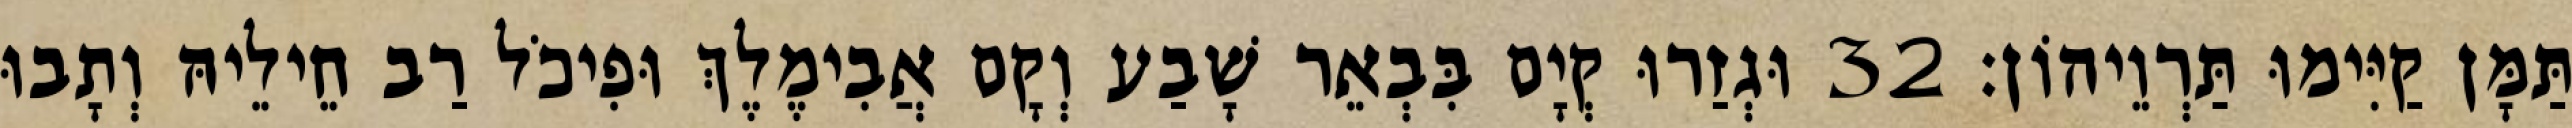
תַּמָּן קַיִּימוּ תַּרְוֵיהוֹן׃ 32 וּגְזַרוּ קְיָם בִּבְאֵר שָׁבַע וְקָם אֲבִימֶלֶךְ וּפִיכֹל רַב חֵילֵיהּ וְתָבוּ